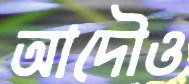
আদৌও